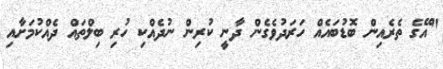
"އޭގެ ތެރެއިން ބޮޑުބައެއް ހަރަދުވެގެން ދާނީ ކުރިން ނުދެއްކި ހުރި ބިލްތައް ދެއްކުމަށާއި